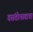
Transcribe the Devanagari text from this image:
वसंतोत्सवाचा